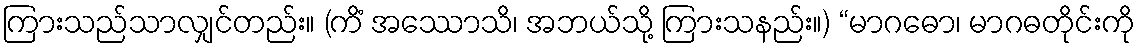
ကြားသည်သာလျှင်တည်း။ (ကိံ အဿောသိ၊ အဘယ်သို့ ကြားသနည်း။) “မာဂဓော၊ မာဂဓတိုင်းကို